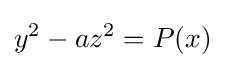
y^{2}-az^{2}=P(x)